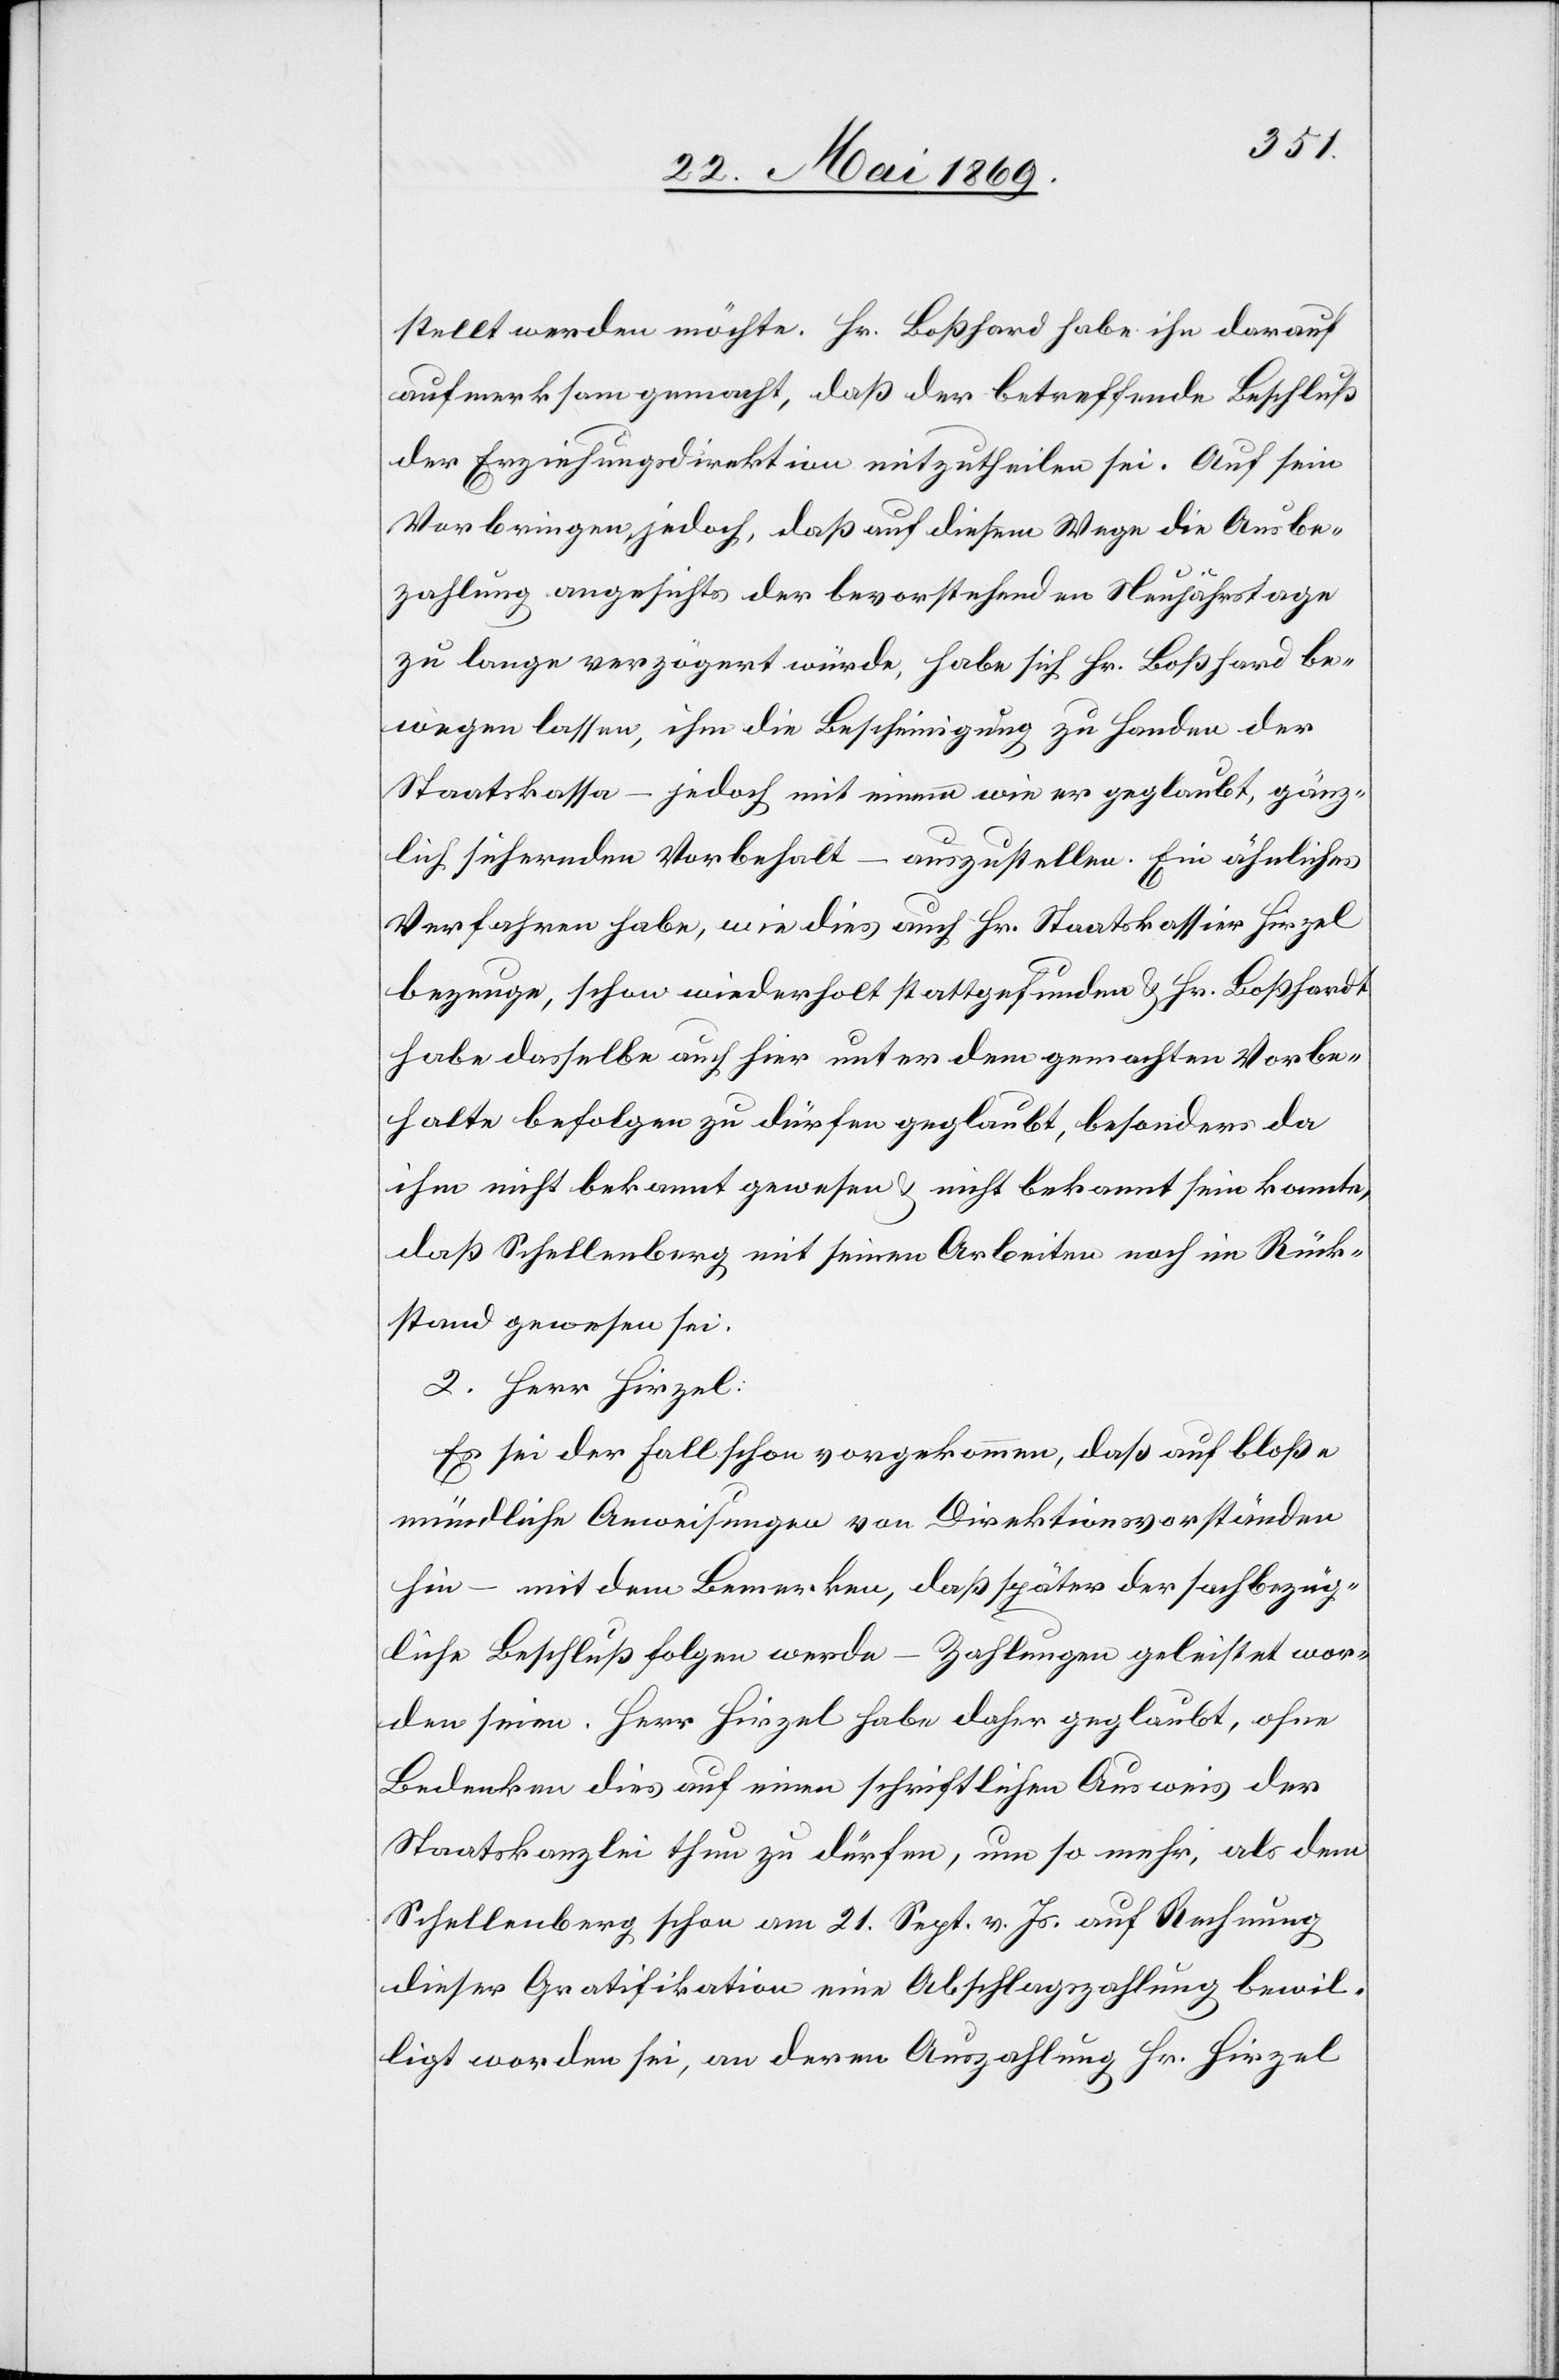
stellt werden möchte. Hr. Boßhardt habe ihn darauf
aufmerksam gemacht, daß der betreffende Beschluß
der Erziehungsdirektion mitzutheilen sei. Auf sein
Vorbringen jedoch, daß auf diesem Wege die Ausbe¬
zahlung angesichts der bevorstehenden Neujahrstage
zu lange verzögert würde, habe sich Hr. Boßhard[t] be¬
wegen lassen, ihm die Bescheinigung zu Handen der
Staatskassa – jedoch mit einem wie er geglaubt, gänz¬
lich sichernden Vorbehalt – auszustellen. Ein ähnliches
Verfahren habe, wie dies auch Hr. Staatskassier Hirzel
bezeuge, schon wiederholt stattgefunden u. Hr. Boßhardt
habe dasselbe auch hier unter dem gemachten Vorbe¬
halte befolgen zu dürfen geglaubt, besonders da
ihm nicht bekannt gewesen u. nicht bekannt sein konnte,
daß Schellenberg mit seinen Arbeiten noch im Rück¬
stand gewesen sei.
2. Herr Hirzel:
Es sei der Fall schon vorgekommen, daß auf bloß
mündliche Anweisungen von Direktionsvorständen
hin – mit dem Bemerken, daß später der sachbezüg¬
liche Beschluß folgen werde – Zahlungen geleistet wor¬
den seien. Herr Hirzel habe daher geglaubt, ohne
Bedenken dies auf einen schriftlichen Ausweis der
Staatskanzlei thun zu dürfen, um so mehr, als dem
Schellenberg schon am 21. Sept. v. Js. auf Rechnung
dieser Gratifikation eine Abschlagszahlung bewil¬
ligt worden sei, an deren Auszahlung Hr. Hirzel